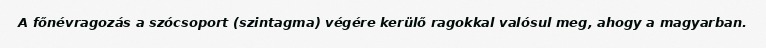
A főnévragozás a szócsoport (szintagma) végére kerülő ragokkal valósul meg, ahogy a magyarban.